Vaccine operations Central Provinces & Berar 1912-1920 - 1912-1920
Year: 1912
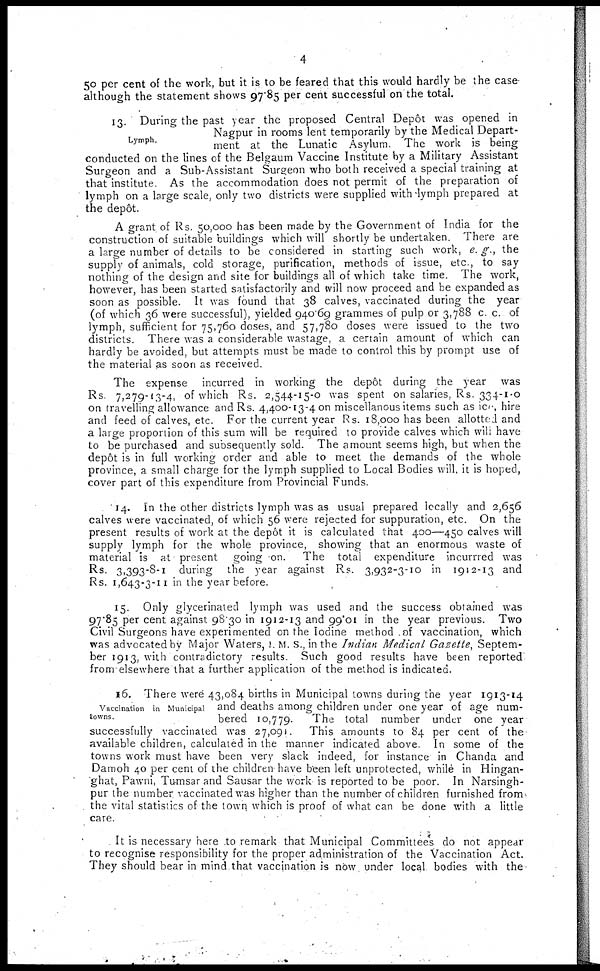
4
50 per cent of the work, but it is to be feared that this would hardly be the case
although the statement shows 97.85 per cent successful on the total.
Lymph.
13. During the past year the proposed Central Depôt was opened in
Nagpur in rooms lent temporarily by the Medical Depart-
ment at the Lunatic Asylum. The work is being
conducted on the lines of the Belgaum Vaccine Institute by a Military Assistant
Surgeon and a Sub-Assistant Surgeon who both received a special training at
that institute. As the accommodation does not permit of the preparation of
lymph on a large scale, only two districts were supplied with lymph prepared at
the depôt.
A grant of Rs. 50,000 has been made by the Government of India for the
construction of suitable buildings which will shortly be undertaken. There are
a large number of details to be considered in starting such work, e.g., the
supply of animals, cold storage, purification, methods of issue, etc., to say
nothing of the design and site for buildings all of which take time. The work,
however, has been started satisfactorily and will now proceed and be expanded as
soon as possible. It was found that 38 calves, vaccinated during the year
(of which 36 were successful), yielded 940.69 grammes of pulp or 3,788 c. c. of
lymph, sufficient for 75,760 doses, and 57,780 doses were issued to the two
districts. There was a considerable wastage, a certain amount of which can
hardly be avoided, but attempts must be made to control this by prompt use of
the material as soon as received.
The expense incurred in working the depôt during the year was
Rs. 7,279-13-4, of which Rs. 2,544-15-0 was spent on salaries, Rs. 334-1-0
on travelling allowance and Rs. 4,400-13-4 on miscellanous items such as ice hire
and feed of calves, etc. For the current year Rs. 18,000 has been allotted and
a large proportion of this sum will be required to provide calves which will have
to be purchased and subsequently sold. The amount seems high, but when the
depôt is in full working order and able to meet the demands of the whole
province, a small charge for the lymph supplied to Local Bodies will, it is hoped,
cover part of this expenditure from Provincial Funds.
14. In the other districts lymph was as usual prepared locally and 2,656
calves were vaccinated, of which 56 were rejected for suppuration, etc. On the
present results of work at the depôt it is calculated that 400—450 calves will
supply lymph for the whole province, showing that an enormous waste of
material is at present going on. The total expenditure incurrred was
Rs. 3,393-8-1 during the year against Rs. 3,932-3-10 in 1912-13 and
Rs. 1,643-3-11 in the year before.
15. Only glycerinated lymph was used and the success obtained was
97.85 per cent against 98.30 in 1912-13 and 99.01 in the year previous. Two
Civil Surgeons have experimented on the Iodine method of vaccination, which
was advocated by Major Waters, I. M. S., in the Indian Medical Gazette, Septem-
ber 1913, with contradictory results. Such good results have been reported
from elsewhere that a further application of the method is indicated.
Vaccination in Municipal
towns.
16. There were 43,084 births in Municipal towns during the year 1913-14
and deaths among children under one year of age num-
bered 10,779.
The total number under one year
successfully vaccinated was 27,091. This amounts to 84 per cent of the
available children, calculated in the manner indicated above. In some of the
towns work must have been very slack indeed, for instance in Chanda and
Damoh 40 per cent of the children have been left unprotected, while in Hingan-
ghat, Pawni, Tumsar and Sausar the work is reported to be poor. In Narsingh-
pur the number vaccinated was higher than the number of children furnished from
the vital statistics of the town which is proof of what can be done with a little
care.
It is necessary here to remark that Municipal Committees do not appear
to recognise responsibility for the proper administration of the Vaccination Act.
They should bear in mind that vaccination is now under local bodies with the